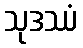
သုဒဿံ